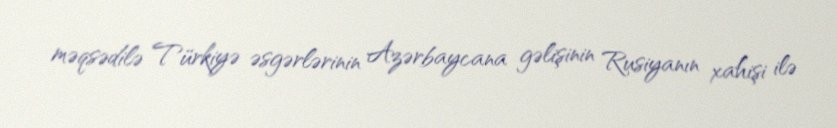
məqsədilə Türkiyə əsgərlərinin Azərbaycana gəlişinin Rusiyanın xahişi ilə